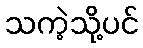
သကဲ့သို့ပင်